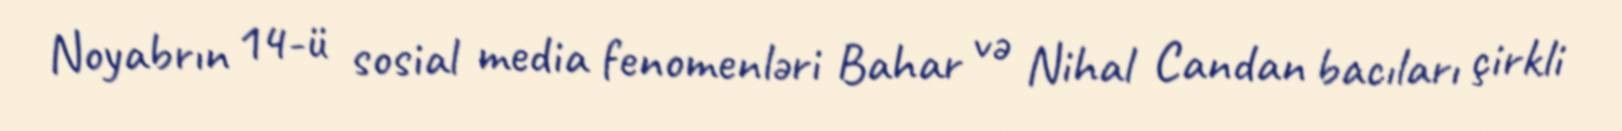
Noyabrın 14-ü sosial media fenomenləri Bahar və Nihal Candan bacıları çirkli